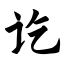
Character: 讫